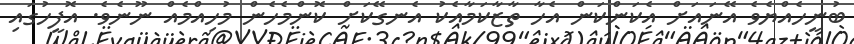
ބުނީހެއްޔެވެ އޭނައަށް އެކަންކަން އެހާ ތާޒާކަމާއެކު އެނގޭކަށް ކޮންމެހެން މުހިއްމެއް ނޫނެވެ. އޮފީހުގައި